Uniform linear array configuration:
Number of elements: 24
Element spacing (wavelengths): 0.25
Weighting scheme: blackman
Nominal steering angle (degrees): -60
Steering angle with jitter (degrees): -59.488
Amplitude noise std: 0.05
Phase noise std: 0.05

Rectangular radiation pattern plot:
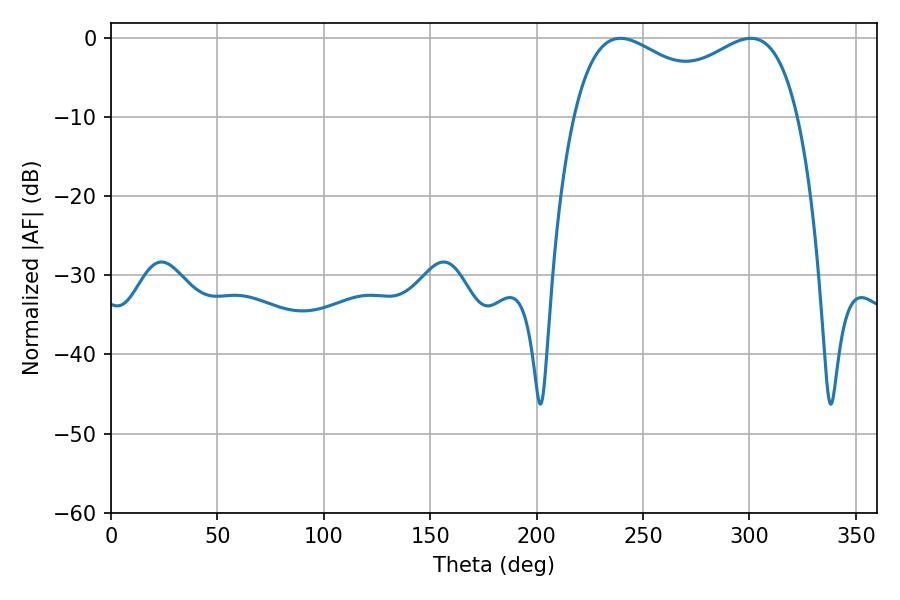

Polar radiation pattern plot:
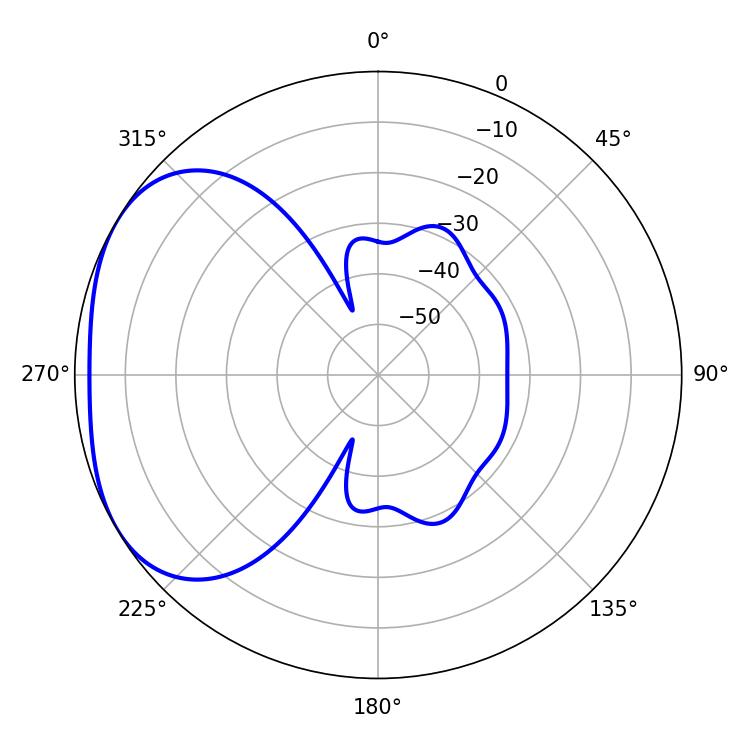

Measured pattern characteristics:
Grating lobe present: FALSE
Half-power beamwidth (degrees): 87.84
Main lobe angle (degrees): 239.4